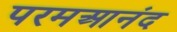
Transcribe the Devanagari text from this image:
परमआनंद